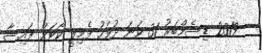
2019 ޑިސެމްބަރު 31 ވަނަ ދުވަހު ފެމިލީ ކޯޓަށް ފައިސާ